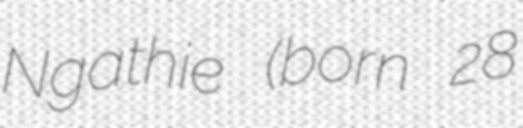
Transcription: Ngathie (born 28